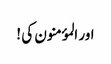
اور المؤمنون کی !